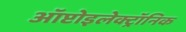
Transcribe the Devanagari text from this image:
ऑप्टोइलेक्ट्रॉनिक